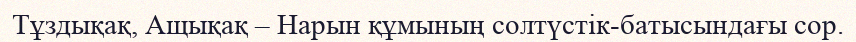
Тұздықақ, Ащықақ – Нарын құмының солтүстік-батысындағы сор.